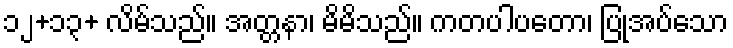
၁၂+၁၃+ လိမ်သည်။ အတ္တနာ၊ မိမိသည်။ ကတပါပတော၊ ပြုအပ်သော